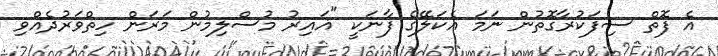
އެ ފޮތް ސިފަކުރާގޮތުން ނަމަ އެކަލޭގެ ފާނަކީ "ޣައިރު މުސްލިމުން މަރަން ހިތްވަރުދެއްވި